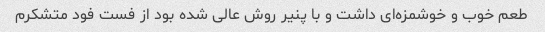
طعم خوب و خوشمزه‌ای داشت و با پنیر روش عالی شده بود از فست فود متشکرم